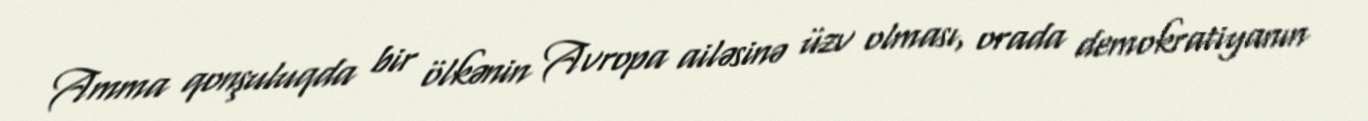
Amma qonşuluqda bir ölkənin Avropa ailəsinə üzv olması, orada demokratiyanın